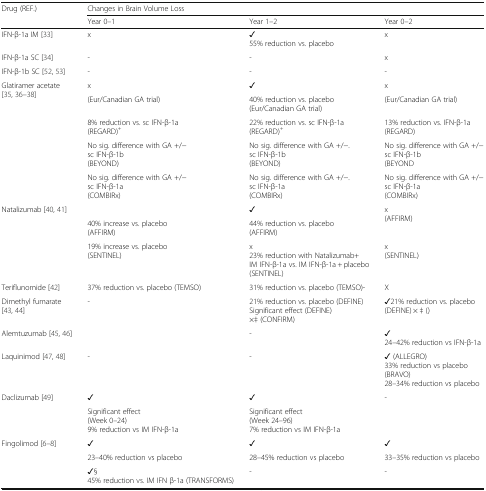
<table><thead><tr><td rowspan="2"><b>Drug (REF.)</b></td><td colspan="3"><b>Changes in Brain Volume Loss</b></td></tr><tr><td><b>Year 0–1</b></td><td><b>Year 1–2</b></td><td><b>Year 0–2</b></td></tr></thead><tbody><tr><td>IFN-β-1a IM [33]</td><td>x</td><td>✓55% reduction vs. placebo</td><td>x</td></tr><tr><td>IFN-β-1a SC [34]</td><td>-</td><td>-</td><td>x</td></tr><tr><td>IFN-β-1b SC [52, 53]</td><td>-</td><td>-</td><td>-</td></tr><tr><td rowspan="5">Glatiramer acetate [35, 36–38]</td><td>x</td><td>✓</td><td>x</td></tr><tr><td>(Eur/Canadian GA trial)</td><td>40% reduction vs. placebo(Eur/Canadian GA trial)</td><td>(Eur/Canadian GA trial)</td></tr><tr><td>8% reduction vs. sc IFN-β-1a(REGARD)<sup>+</sup></td><td>22% reduction vs. sc IFN-β-1a(REGARD)<sup>+</sup></td><td>13% reduction vs. IFN-β-1a(REGARD)</td></tr><tr><td>No sig. difference with GA +/−sc IFN-β-1b(BEYOND)</td><td>No sig. difference with GA +/−.sc IFN-β-1b(BEYOND)</td><td>No sig. difference with GA +/−sc IFN-β-1b(BEYOND</td></tr><tr><td>No sig. difference with GA +/−sc IFN-β-1a(COMBIRx)</td><td>No sig. difference with GA +/−.sc IFN-β-1a(COMBIRx)</td><td>No sig. difference with GA +/−sc IFN-β-1a(COMBIRx)</td></tr><tr><td rowspan="2">Natalizumab [40, 41]</td><td></td><td>✓</td><td rowspan="2">x(AFFIRM)</td></tr><tr><td>40% increase vs. placebo(AFFIRM)</td><td>44% reduction vs. placebo(AFFIRM)</td></tr><tr><td></td><td>19% increase vs. placebo(SENTINEL)</td><td>x23% reduction with Natalizumab+IM IFN-β-1a vs. IM IFN-β-1a + placebo(SENTINEL)</td><td>x(SENTINEL)</td></tr><tr><td>Teriflunomide [42]</td><td>37% reduction vs. placebo (TEMSO)</td><td>31% reduction vs. placebo (TEMSO)-</td><td>X</td></tr><tr><td>Dimethyl fumarate [43, 44]</td><td>-</td><td>21% reduction vs. placebo (DEFINE) Significant effect (DEFINE)×‡ (CONFIRM)</td><td>✓21% reduction vs. placebo(DEFINE) × ‡ ()</td></tr><tr><td>Alemtuzumab [45, 46]</td><td></td><td>-</td><td>✓24–42% reduction vs IFN-β-1a</td></tr><tr><td>Laquinimod [47, 48]</td><td>-</td><td>-</td><td>✓ (ALLEGRO)33% reduction vs placebo(BRAVO)28–34% reduction vs placebo</td></tr><tr><td rowspan="2">Daclizumab [49]</td><td>✓</td><td>✓</td><td>-</td></tr><tr><td>Significant effect(Week 0–24)9% reduction vs IM IFN-β-1a</td><td>Significant effect(Week 24–96)7% reduction vs IM IFN-β-1a</td><td></td></tr><tr><td rowspan="3">Fingolimod [6–8]</td><td>✓</td><td>✓</td><td>✓</td></tr><tr><td>23–40% reduction vs placebo</td><td>28–45% reduction vs placebo</td><td>33–35% reduction vs placebo</td></tr><tr><td>✓§45% reduction vs. IM IFN β-1a (TRANSFORMS)</td><td>-</td><td>-</td></tr></tbody></table>